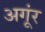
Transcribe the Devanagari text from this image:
अगूंर